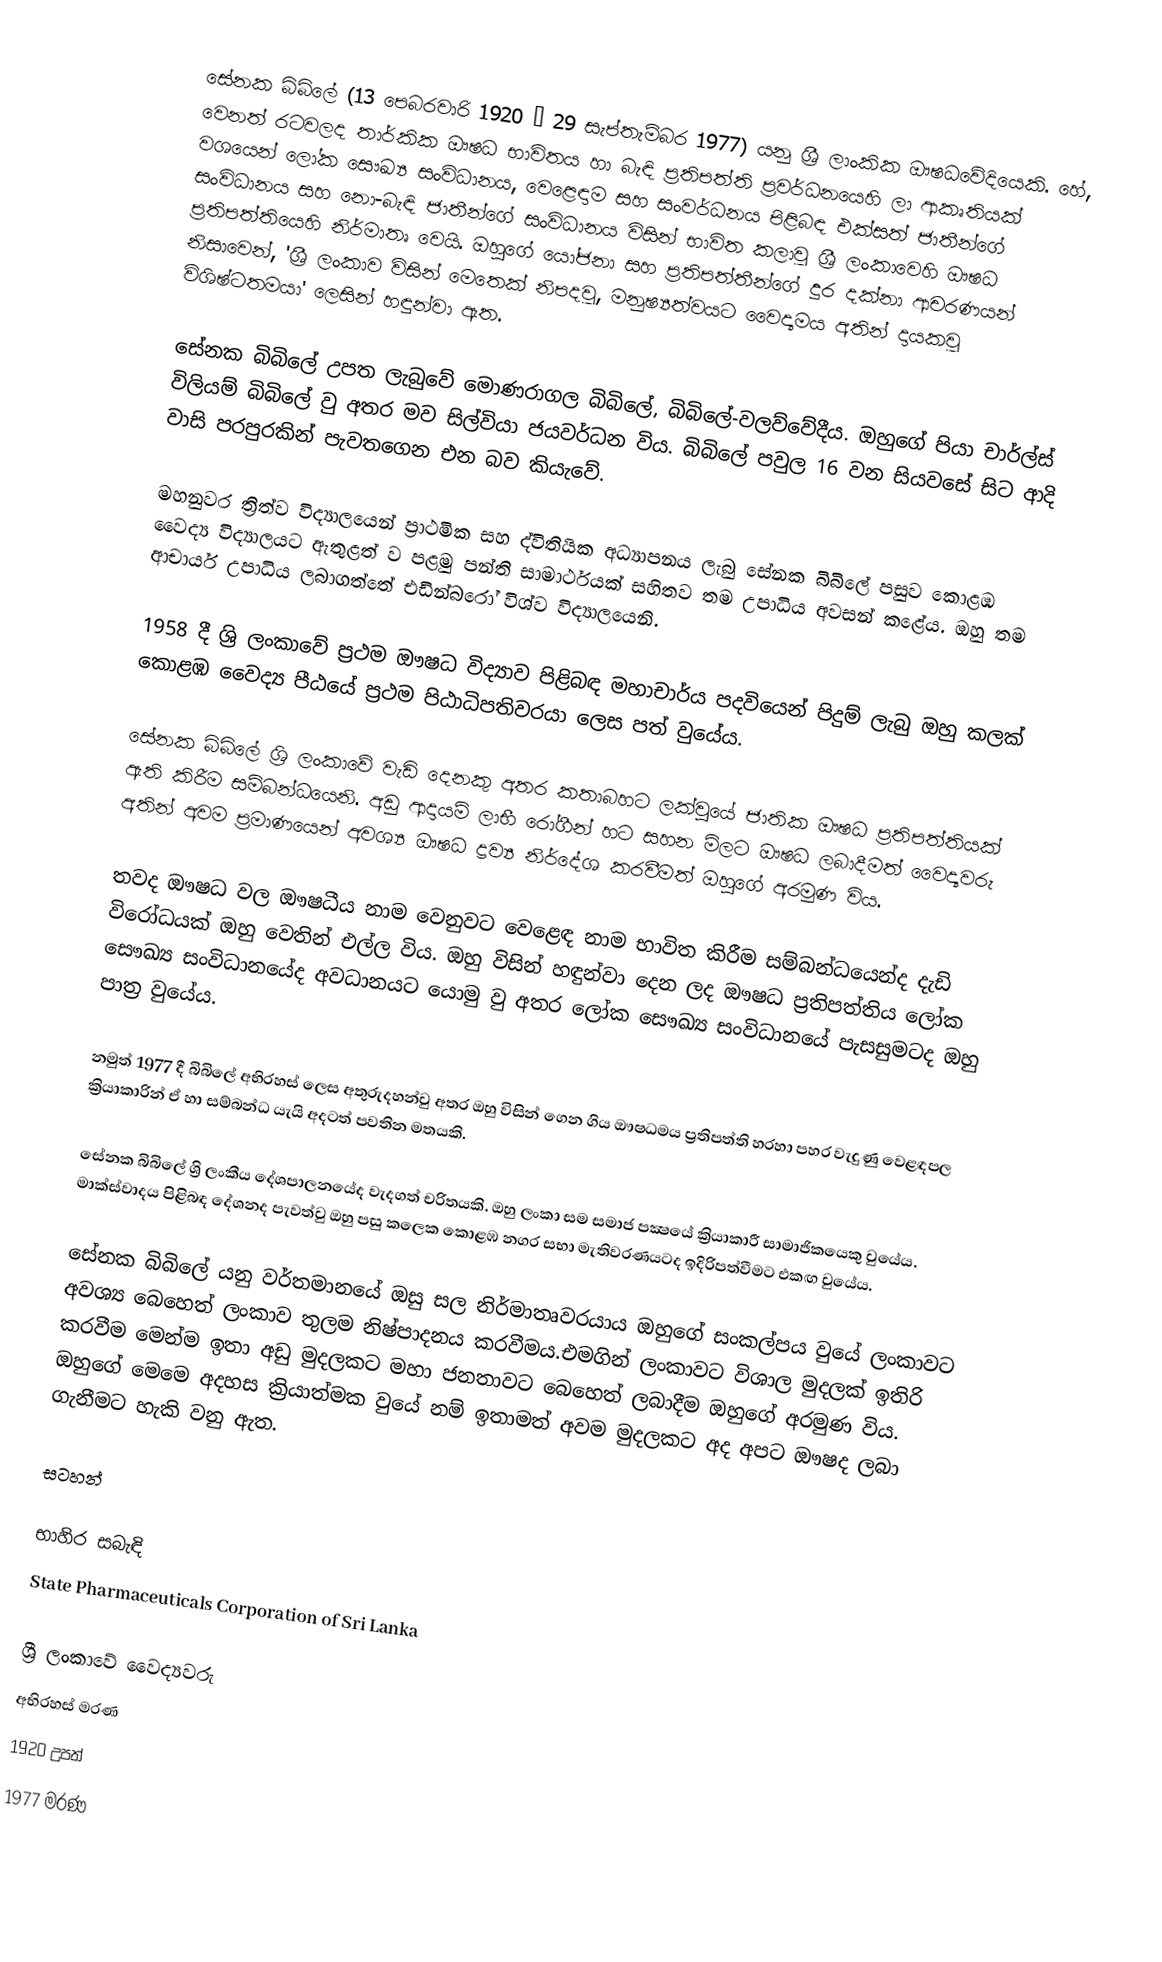
සේනක බිබිලේ (13 පෙබරවාරි 1920 – 29 සැප්තැම්බර 1977) යනු ශ්‍රී ලාංකික ඖෂධවේදියෙකි. හේ, වෙනත් රටවලද තාර්කික ඖෂධ භාවිතය හා බැඳි ප්‍රතිපත්ති ප්‍රවර්ධනයෙහි ලා ආකෘතියක් වශයෙන් ලෝක සෞඛ්‍ය සංවිධානය, වෙළෙඳාම සහ සංවර්ධනය පිළිබඳ එක්සත් ජාතීන්ගේ සංවිධානය සහ නො-බැඳි ජාතීන්ගේ සංවිධානය විසින්  භාවිත කලාවූ ශ්‍රී ලංකාවෙහි ඖෂධ ප්‍රතිපත්තියෙහි නිර්මාතෘ වෙයි. ඔහුගේ යෝජනා සහ ප්‍රතිපත්තීන්ගේ දුර දක්නා ආචරණයන් නිසාවෙන්, 'ශ්‍රී ලංකාව විසින් මෙතෙක් නිපදවූ, මනුෂ්‍යත්වයට වෛද්‍යමය අතින් දායකවූ විශිෂ්ටතමයා' ලෙසින් හඳුන්වා ඇත.

සේනක බිබිලේ උපත ලැබුවේ මොණරාගල බිබිලේ, බිබිලේ-වලව්වේදීය. ඔහුගේ පියා චාර්ල්ස් විලියම් බිබිලේ වු අතර මව සිල්වියා ජයවර්ධන විය. බිබිලේ පවුල 16 වන සියවසේ සිට ආදි වාසි පරපුරකින් පැවතගෙන එන බව කියැවේ.

මහනුවර ත්‍රිත්ව විද්‍යාලයෙන් ප්‍රාථමික සහ ද්විතියික අධ්‍යාපනය ලැබු සේනක බිබිලේ පසුව කොළඹ වෛද්‍ය විද්‍යාලයට ඇතුළත් ව පළමු පන්ති සාමාර්ථයක් සහිතව තම උපාධිය අවසන් කළේය. ඔහු තම ආචාර්ය උපාධිය ලබාගත්තේ එඩින්බරෝ විශ්ව විද්‍යාලයෙනි.

1958 දී ශ්‍රි ලංකාවේ ප්‍රථම ඖෂධ විද්‍යාව පිළිබඳ මහාචාර්ය පදවියෙන් පිදුම් ලැබු ඔහු කලක් කොළඹ වෛද්‍ය පීඨයේ ප‍්‍රථම පිඨාධිපතිවරයා ලෙස පත් වුයේය.

සේනක බිබිලේ ශ්‍රි ලංකාවේ වැඩි දෙනකු අතර කතාබහට ලක්වුයේ ජාතික ඖෂධ ප්‍රතිපත්තියක් ඇති කිරීම සම්බන්ධයෙනි. අඩු ආදායම් ලාභී රෝගීන් හට සහන මිලට ඖෂධ ලබාදීමත් වෛද්‍යවරු අතින් අවම ප්‍රමාණයෙන් අවශ්‍ය ඖෂධ ද්‍රව්‍ය නිර්දේශ කරවීමත් ඔහුගේ අරමුණ විය.

තවද ඖෂධ වල ඖෂධීය නාම වෙනුවට වෙළෙඳ නාම භාවිත කිරීම සම්බන්ධයෙන්ද දැඩි විරෝධයක් ඔහු වෙතින් එල්ල විය. ඔහු විසින් හඳුන්වා දෙන ලද ඖෂධ ප්‍රතිපත්තිය ලෝක සෞඛ්‍ය සංවිධානයේද අවධානයට යොමු වු අතර ලෝක සෞඛ්‍ය සංවිධානයේ පැසසුමටද ඔහු පාත්‍ර වුයේය.

නමුත් 1977 දී බිබිලේ අභිරහස් ලෙස අතුරුදහන්වු අතර ඔහු විසින් ගෙන ගිය ඖෂධමය ප්‍රතිපත්ති හරහා පහර වැදුණු වෙළඳපල ක්‍රියාකාරින් ඒ හා සම්බන්ධ යැයි අදටත් පවතින මතයකි.

සේනක බිබිලේ ශ්‍රි ලංකීය දේශපාලනයේද වැදගත් චරිතයකි. ඔහු ලංකා සම සමාජ පක්‍ෂයේ ක්‍රියාකාරී සාමාජිකයෙකු වුයේය. මාක්ස්වාදය පිළිබඳ දේශනද පැවත්වු ඔහු පසු කලෙක කොළඹ නගර සභා මැතිවරණයටද ඉදිරිපත්වීමට එකඟ වුයේය.

සේනක බිබිලේ යනු වර්තමානයේ ඔසු සල නිර්මාතෘවරයාය ඔහුගේ සංකල්පය වුයේ ලංකාවට අවශ්‍ය බෙහෙත් ලංකාව තුලම නිෂ්පාදනය කරවීමය.එමගින් ලංකාවට විශාල මුදලක් ඉතිරි කරවීම මෙන්ම ඉතා අඩු මුදලකට මහා ජනතාවට බෙහෙත් ලබාදීම ඔහුගේ අරමුණ විය. ඔහුගේ මෙමෙ අදහස ක්‍රියාත්මක වුයේ නම් ඉතාමත් අවම මුදලකට අද අපට ඖෂද ලබා ගැනීමට හැකි වනු ඇත.

සටහන්

භාහිර සබැඳි
State Pharmaceuticals Corporation of Sri Lanka

ශ්‍රී ලංකාවේ වෛද්‍යවරු
අභිරහස් මරණ
1920 උපත්
1977 මරණ